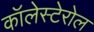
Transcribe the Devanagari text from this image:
कॉलेस्टेरोल